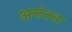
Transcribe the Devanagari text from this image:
असंतता